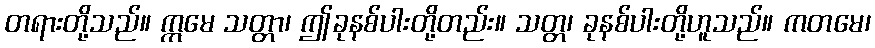
တရားတို့သည်။ ဣမေ သတ္တာ၊ ဤခုနစ်ပါးတို့တည်း။ သတ္တ၊ ခုနစ်ပါးတို့ဟူသည်။ ကတမေ၊